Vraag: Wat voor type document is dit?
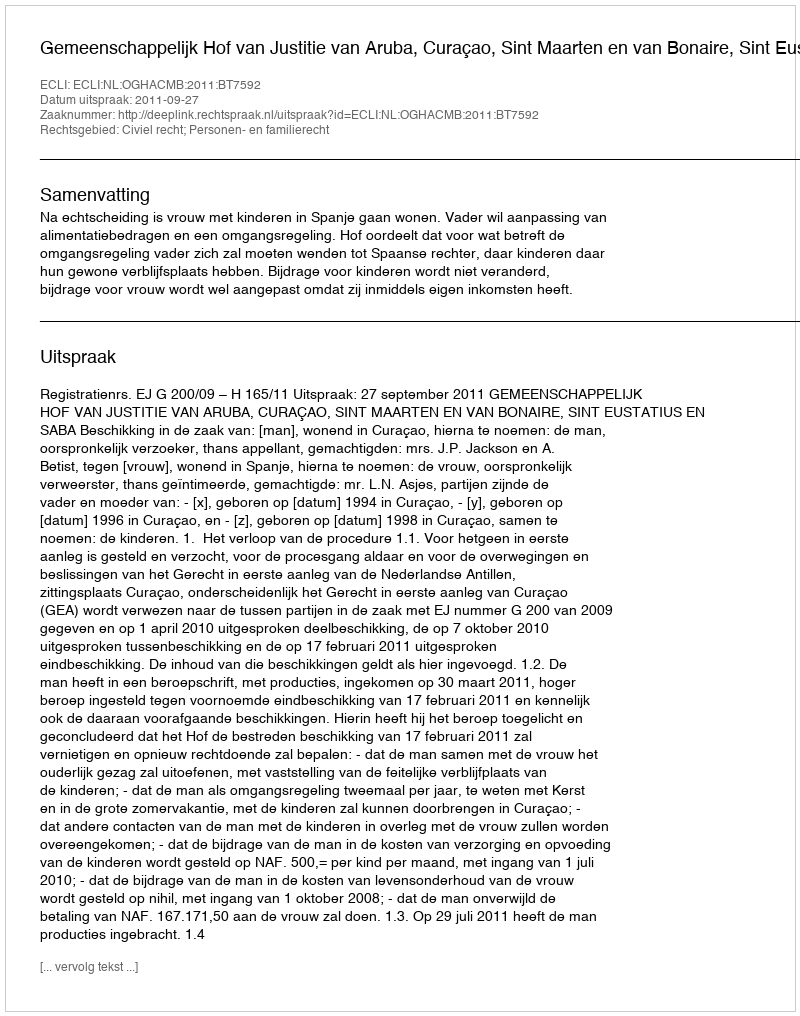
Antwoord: Uitspraak